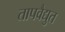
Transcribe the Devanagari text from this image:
तापवैद्युत